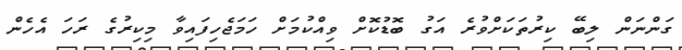
ގަންނަން ލިބޭ ކިރުތަކަށްވުރެ އަގު ބޮޑުކޮށް ވިއްކުމަށް ހަމަޖެހިފައިވާ މިކިރުގެ ރަހަ އެހެން